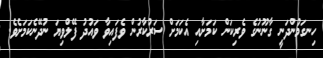
ހިނގަމުންދަނީ ގާނޫނުގެ ވެރިކަން ކަމަށާއި އެކަމަށް ސަރުކާރުން ވެފައިވާ ވައުދު ފޭލްވިޔަ ނުދޭނެކަމަށެވެ.